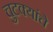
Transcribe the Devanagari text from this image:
चुटक्यांचे